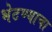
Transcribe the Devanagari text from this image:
भेटण्याचा